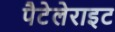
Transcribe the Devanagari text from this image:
पैटेलेराइट